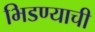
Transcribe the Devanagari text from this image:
भिडण्याची